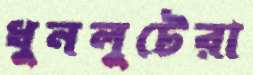
ধুনলুটেরা